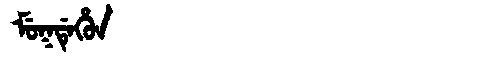
Manchu: ᠮᡠᡴᡩᡝᡥᡠᠨ
Romanization: MUKDEHUN